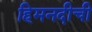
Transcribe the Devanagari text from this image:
हिमनदीची